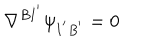
\nabla ^ { B I ^ { ' } } \psi _ { I ^ { ' } B ^ { ' } } = 0